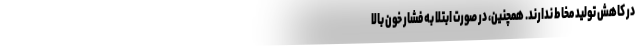
در کاهش تولید مخاط ندارند. همچنین، در صورت ابتلا به فشار خون بالا